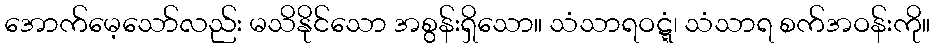
အောက်မေ့သော်လည်း မသိနိုင်သော အစွန်းရှိသော။ သံသာရဝဋ္ဋံ၊ သံသာရ စက်အဝန်းကို။